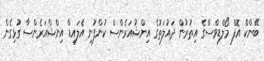
ބޭންކް އޮފް މޯލްޑިވްސްގެ އިތުރުން ދައުލަތުގެ އިންޝުއަރެންސް ކުންފުނި އެލައިޑް އިންޝްއަރެންސާ ގުޅިގެން